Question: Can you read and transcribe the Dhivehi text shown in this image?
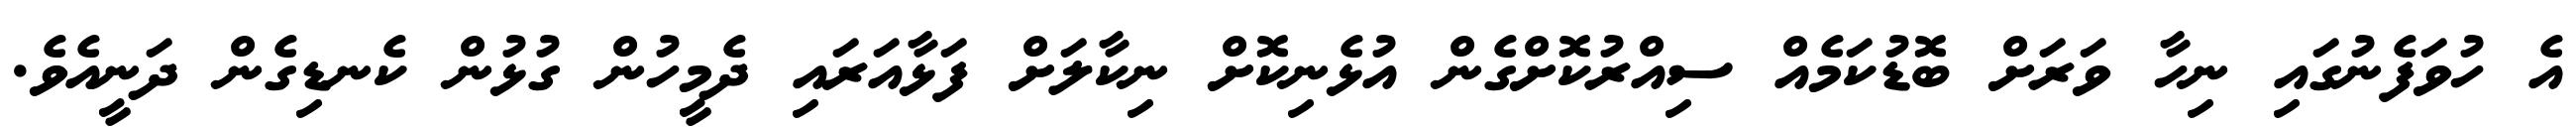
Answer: އެ ހުވަފެނުގައި ނިހާ ވަރަށް ބޮޑުކަމެއް ސިއްރުކޮށްގެން އުޅެނިކޮށް ނިކާލަށް ފަޅާއަރައި ދެމީހުން ގުޅުން ކެނޑިގެން ދަނީއެވެ.